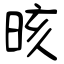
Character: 晐